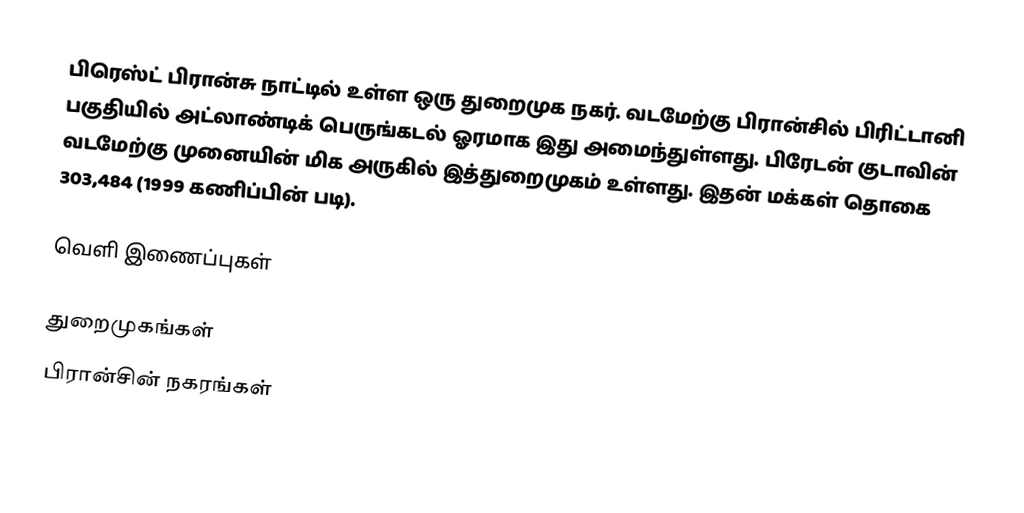
பிரெஸ்ட் பிரான்சு நாட்டில் உள்ள ஒரு துறைமுக நகர். வடமேற்கு பிரான்சில் பிரிட்டானி பகுதியில் அட்லாண்டிக் பெருங்கடல் ஓரமாக இது அமைந்துள்ளது. பிரேடன் குடாவின் வடமேற்கு முனையின் மிக அருகில் இத்துறைமுகம் உள்ளது. இதன் மக்கள் தொகை 303,484 (1999 கணிப்பின் படி).

வெளி இணைப்புகள்

துறைமுகங்கள்
பிரான்சின் நகரங்கள்